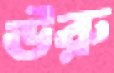
ঊরু